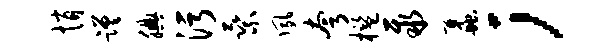
悄蹉腆污乘夙夸槛聚蠡；